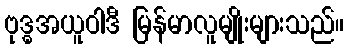
ဗုဒ္ဓအယူဝါဒီ မြန်မာလူမျိုးများသည်။